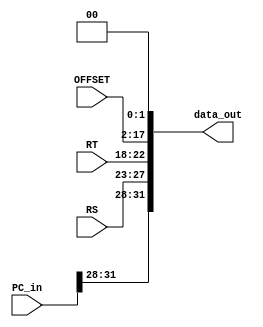
module shift_left_two(
  input wire [31:0] PC_in,
  input wire [4:0] RS,        // Bits 25 a 21 da instruo
  input wire [4:0] RT,        // Bits 20 a 16 da instruo
  input wire [15:0] OFFSET,  // Bits 15 a 0 da instruo
  output wire [31:0] data_out
);

  wire [27:0] temp;

  assign temp = {2'b0, RS, RT, OFFSET} << 2;
  assign data_out = {PC_in[31:28], temp};

endmodule